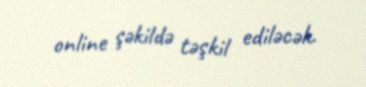
online şəkildə təşkil ediləcək.